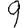
Digit: 9